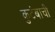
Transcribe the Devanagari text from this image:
कुटंबाची